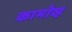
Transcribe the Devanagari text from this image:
कामोव्ह